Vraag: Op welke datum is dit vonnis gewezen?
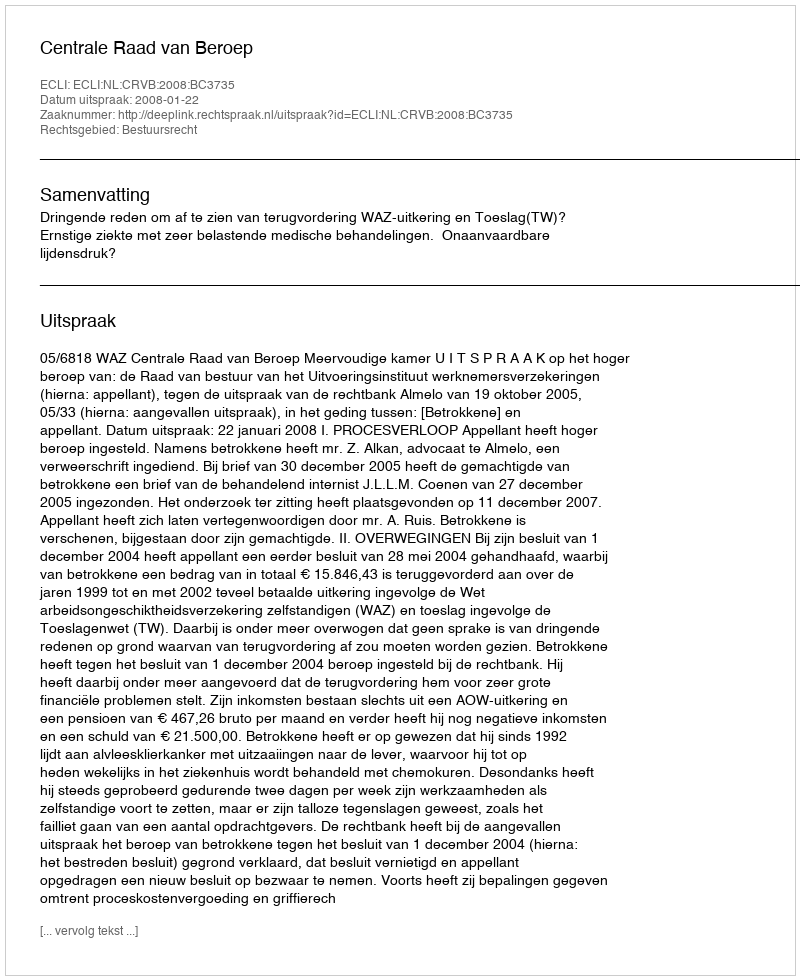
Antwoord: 2008-01-22